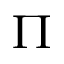
\Pi